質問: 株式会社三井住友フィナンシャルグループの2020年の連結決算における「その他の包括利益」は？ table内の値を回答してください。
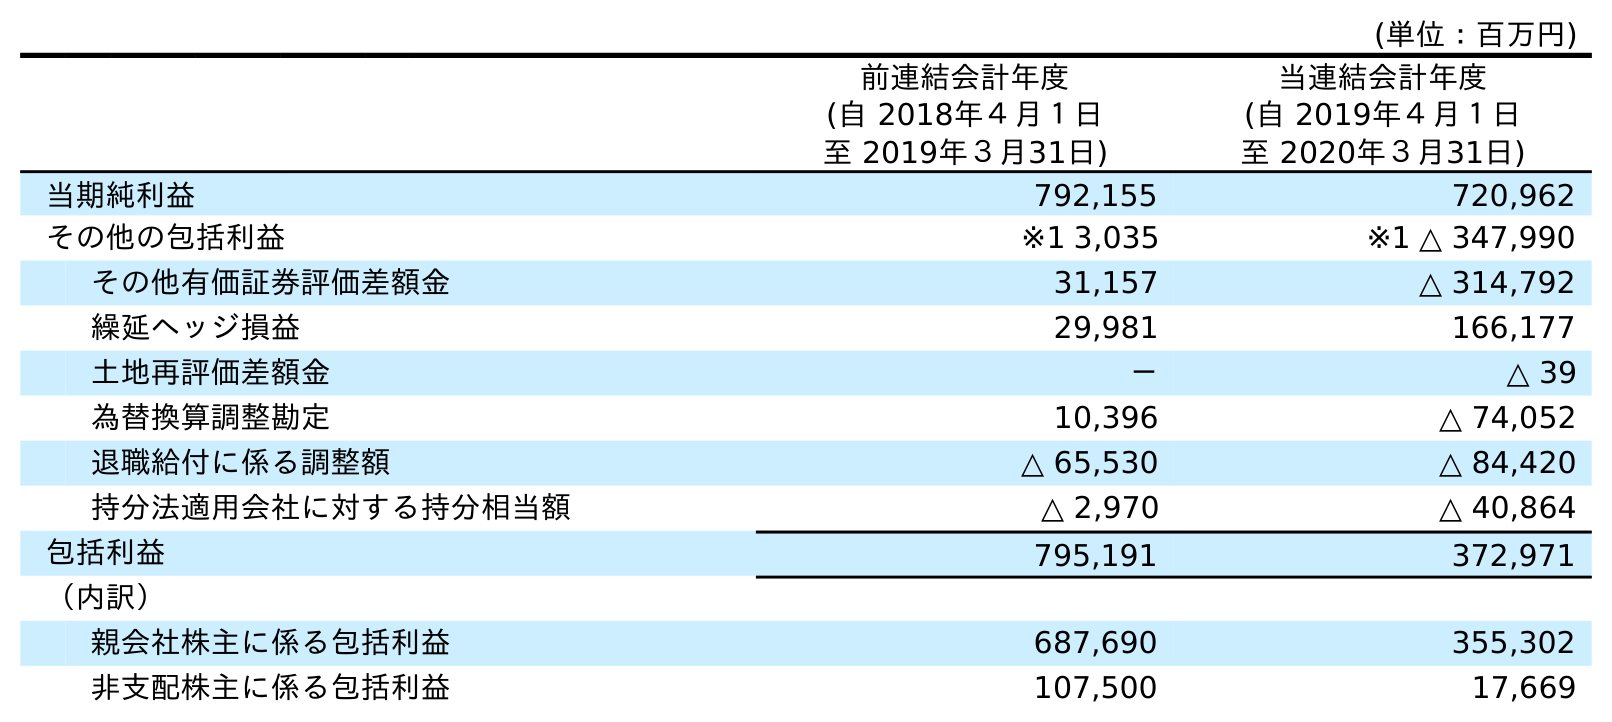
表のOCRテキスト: (単位：百万円) 前連結会計年度 (自 2018年４月１日 至 2019年３月31日) 当連結会計年度 (自 2019年４月１日 至 2020年３月31日) 当期純利益 792,155 720,962 その他の包括利益 ※1 3,035 ※1 △ 347,990 その他有価証券評価差額金 31,157 △ 314,792 繰延ヘッジ損益 29,981 166,177 土地再評価差額金 － △ 39 為替換算調整勘定 10,396 △ 74,052 退職給付に係る調整額 △ 65,530 △ 84,420 持分法適用会社に対する持分相当額 △ 2,970 △ 40,864 包括利益 795,191 372,971 （内訳） 親会社株主に係る包括利益 687,690 355,302 非支配株主に係る包括利益 107,500 17,669
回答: ※1△347,990